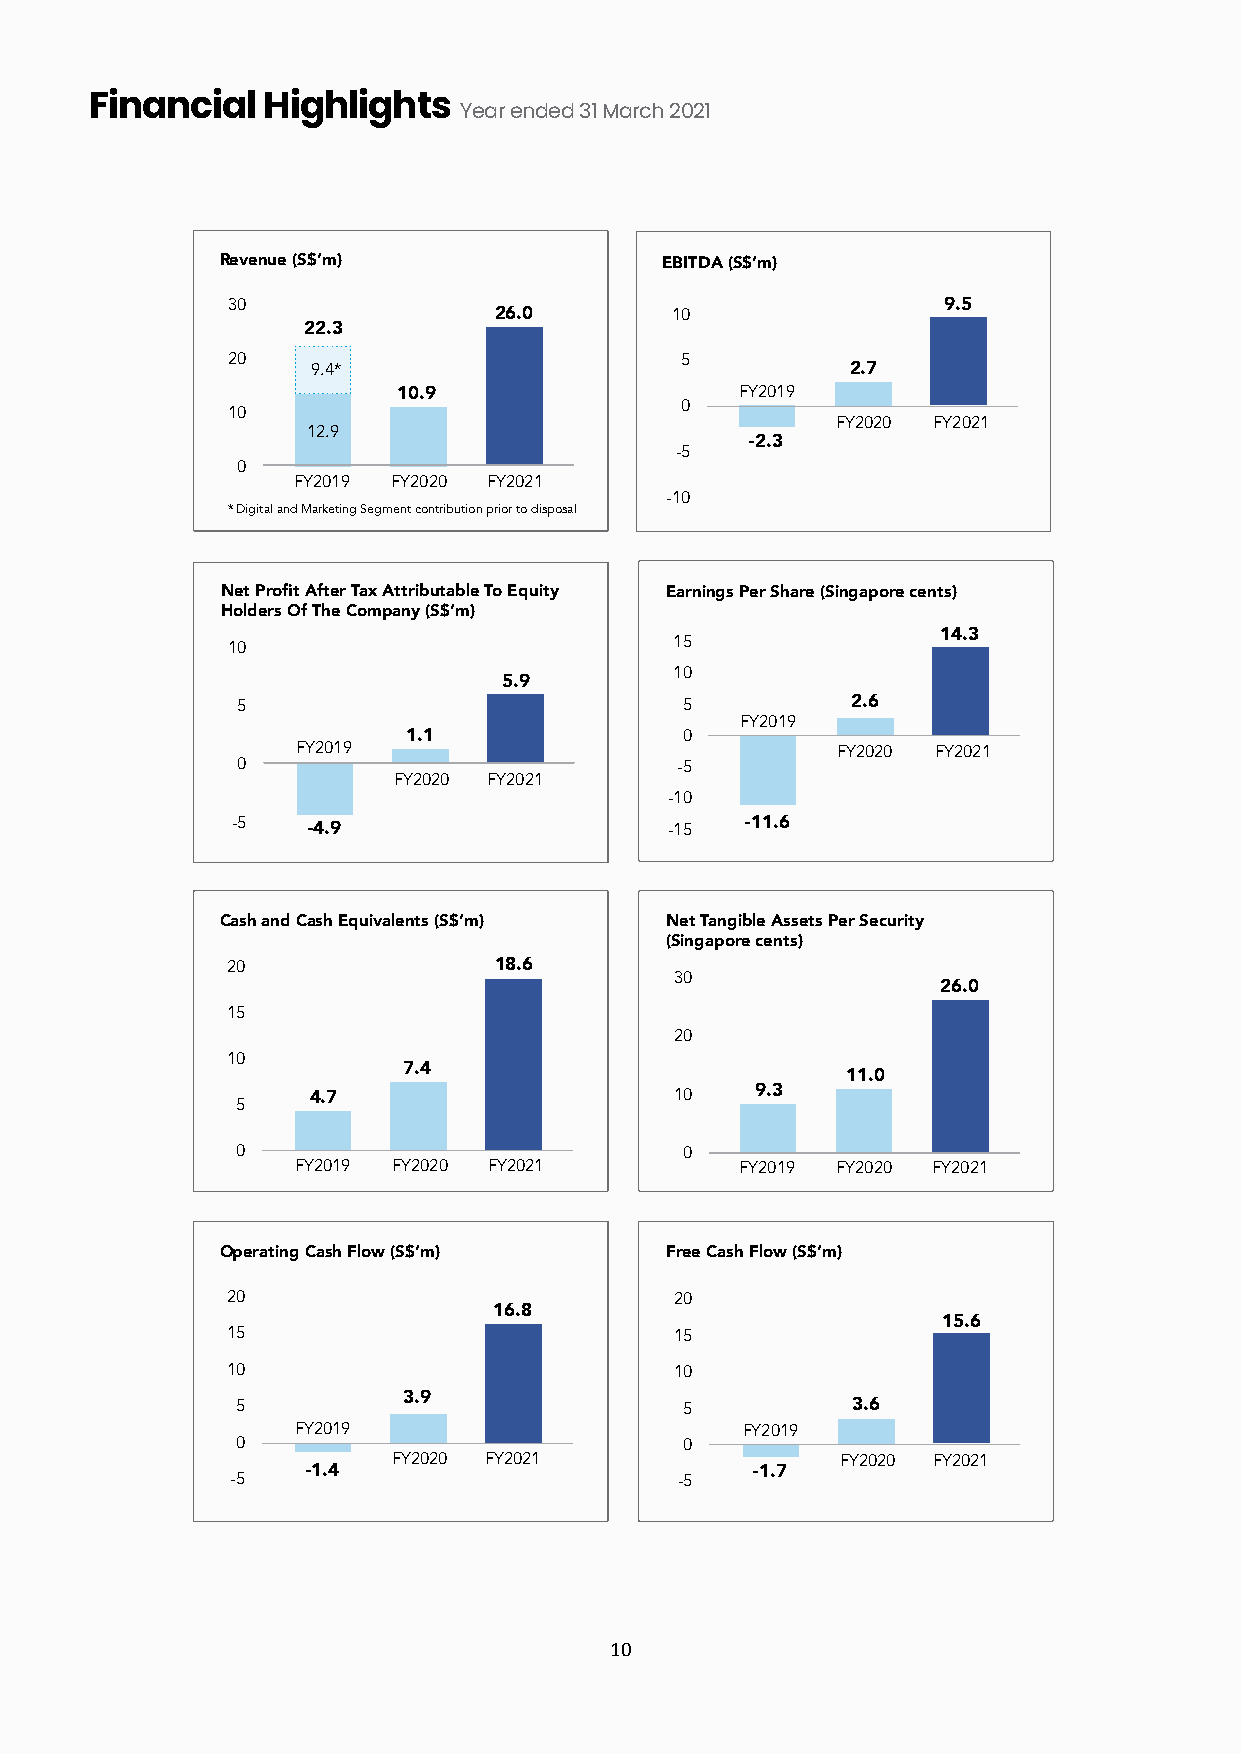
Financial  Highlights   Year ended 31 March 2021
 Revenue (S$’m)               EBITDA (S$’m)
 30                                             9.5
 26.0       10
 22.3
 20                            5
 9.4*                               2.7
 10.9                   FY2019
 0
 10
 FY2020 FY2021
 12.9
 -2.3
 -5
 0
 FY2019 FY2020 FY2021
 -10
 * Digital and Marketing Segment contribution prior to disposal
 Net Profit After Tax Attributable To Equity Earnings Per Share (Singapore cents)
 Holders Of The Company (S$’m)
 10                            15               14.3
 10
 5.9
 5                            5          2.6
 FY2019
 1.1               0
 FY2019                             FY2020 FY2021
 0                            -5
 FY2020 FY2021
 -10
 -5   -4.9                    -15  -11.6
 Cash and Cash Equivalents (S$’m) Net Tangible Assets Per Security
 (Singapore cents)
 20                18.6
 30
 26.0
 15
 20
 10
 7.4
 11.0
 5   4.7                      10   9.3
 0                            0
 FY2019 FY2020 FY2021         FY2019 FY2020 FY2021
 Operating Cash Flow (S$’m)   Free Cash Flow (S$’m)
 20                            20
 16.8
 15.6
 15                            15
 10                            10
 3.9
 5                            5          3.6
 FY2019                        FY2019
 0                            0
 FY2020 FY2021                 FY2020 FY2021
 -5   -1.4                     -5   -1.7
 10